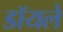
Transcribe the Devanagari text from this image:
डॉयले